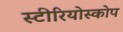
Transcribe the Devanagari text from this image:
स्टीरियोस्कोप